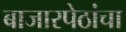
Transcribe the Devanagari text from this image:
बाजारपेठांचा